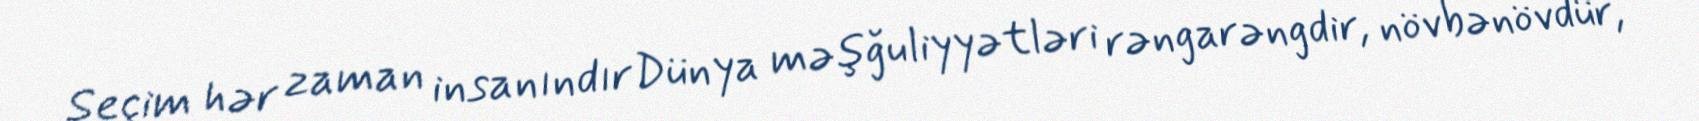
Seçim hər zaman insanındırDünya məşğuliyyətləri rəngarəngdir, növbənövdür,